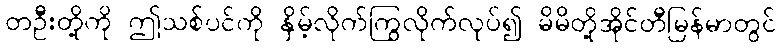
တဦးတို့ကို ဤသစ်ပင်ကို နှိမ့်လိုက်ကြွလိုက်လုပ်၍ မိမိတို့အိုင်တီမြန်မာတွင်